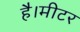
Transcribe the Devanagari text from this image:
है।मीटर